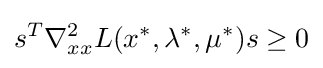
s^{T}\nabla _{xx}^{2}L(x^{*},\lambda ^{*},\mu ^{*})s\geq 0